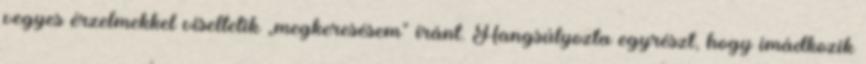
vegyes érzelmekkel viseltetik „megkeresésem” iránt. Hangsúlyozta egyrészt, hogy imádkozik